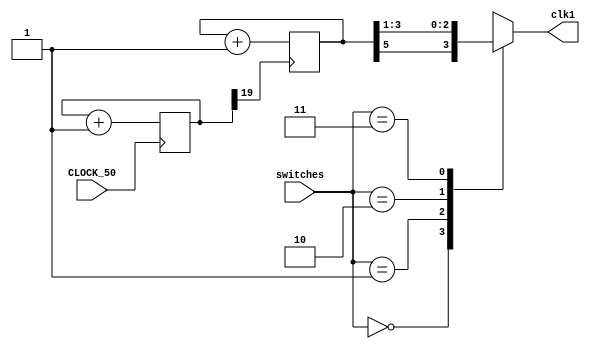

module clock_module(input [1:0] switches,
						  input CLOCK_50,
						  output reg clk1);
	
	reg [19:0] cnt = 20'd0;
	reg [7:0] clk1_counter = 8'hFF;
	
	always @(posedge CLOCK_50)
		cnt <= cnt + 20'd1;
	
	always @(posedge cnt[19]) clk1_counter <= clk1_counter + 1'b1;
					
	always@(*)
		case(switches)
			2'b00: clk1 = clk1_counter[5];
			2'b01: clk1 = clk1_counter[3];
			2'b10: clk1 = clk1_counter[2];
			2'b11: clk1 = clk1_counter[1];
		endcase
endmodule